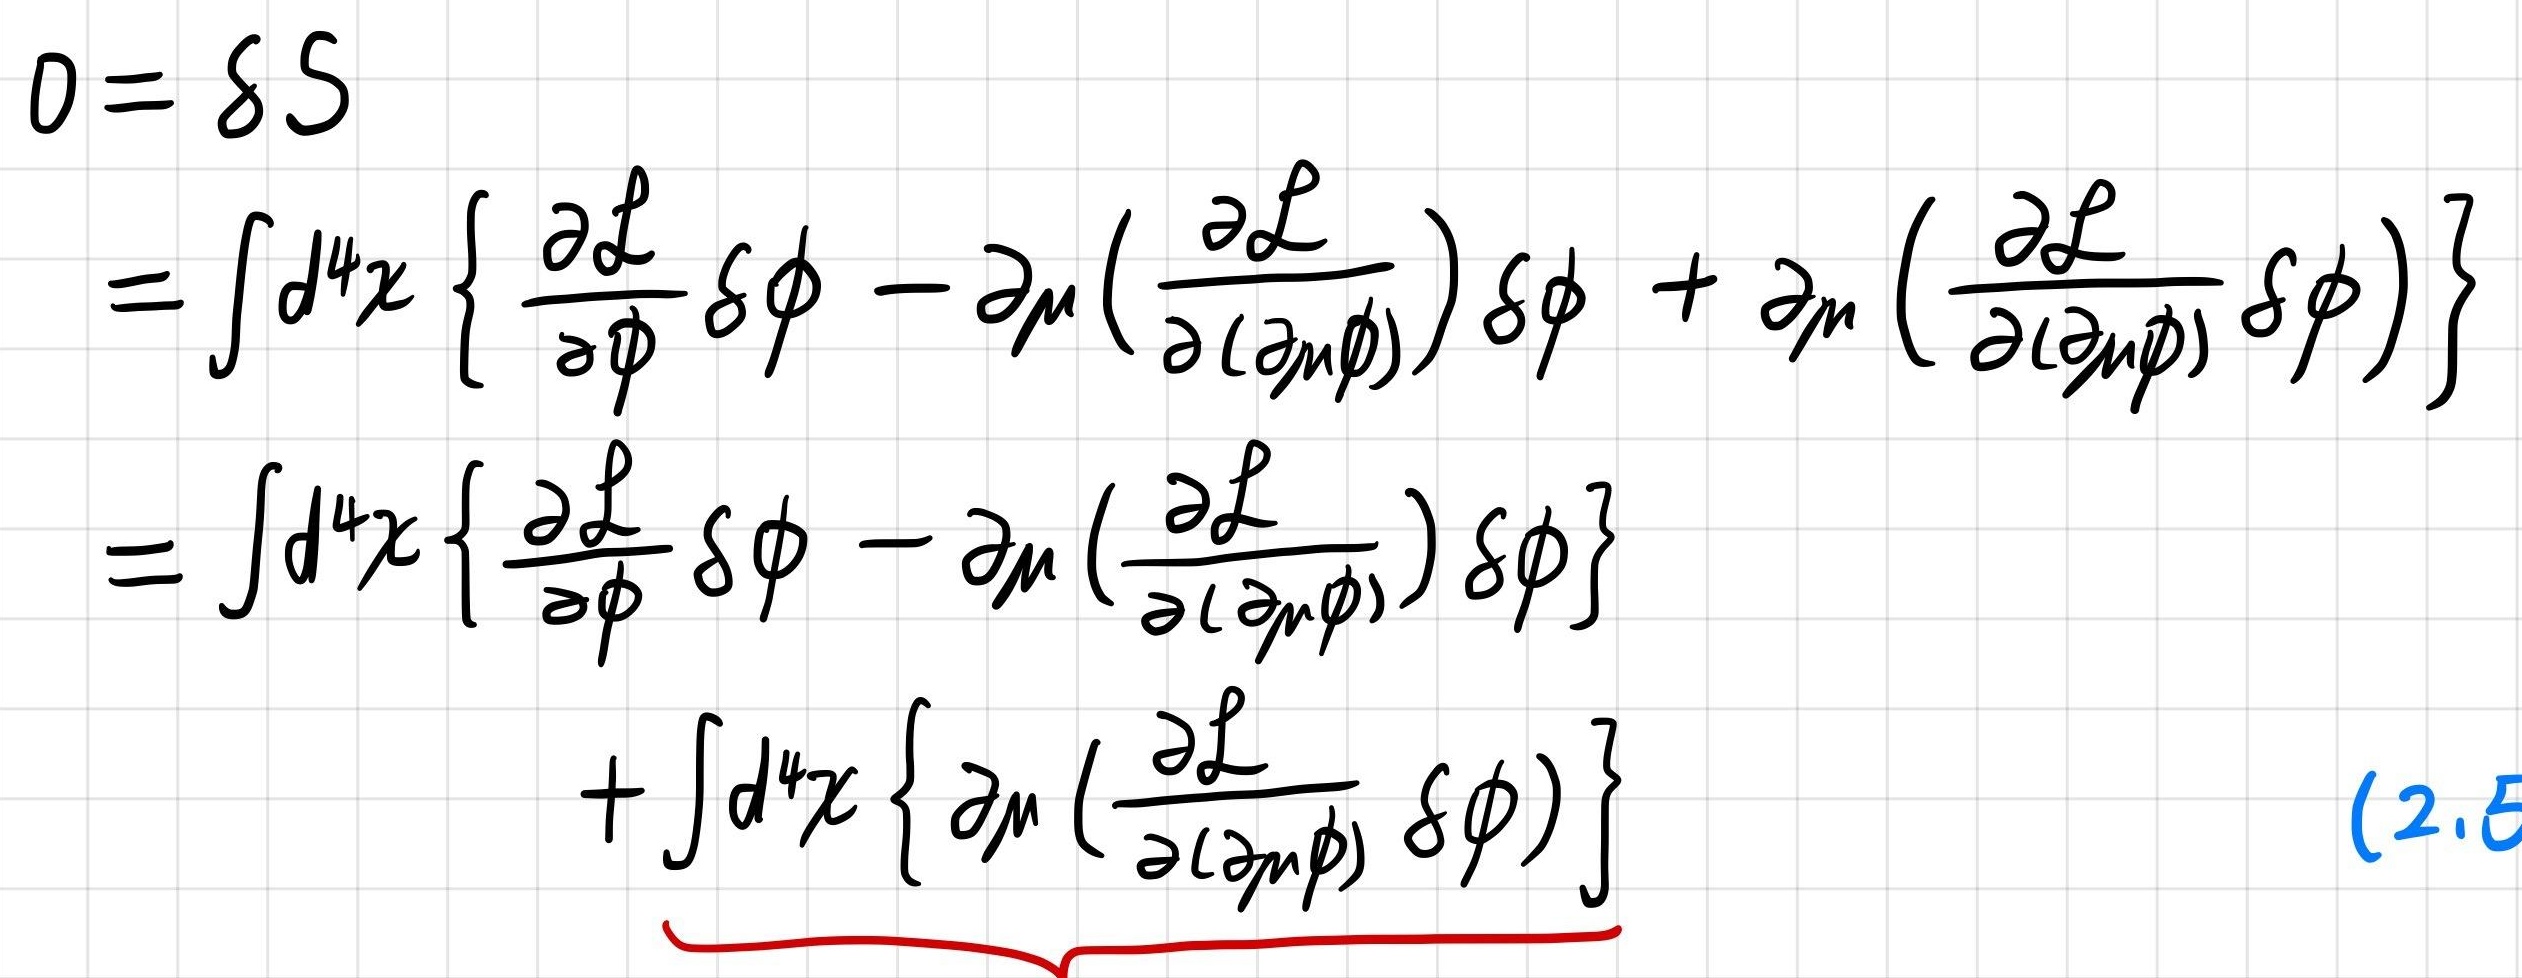
\[
\begin{align*}
0&=\delta S\\
&=\int d^{4}x \left\{ \frac{\partial \mathcal{L}}{\partial \phi} \delta \phi - \partial_{\mu} \left( \frac{\partial \mathcal{L}}{\partial (\partial_{\mu}\phi)} \right) \delta \phi + \partial_{\mu} \left( \frac{\partial \mathcal{L}}{\partial (\partial_{\mu}\phi)} \delta \phi \right) \right\}\\
&=\int d^{4}x \left\{ \frac{\partial \mathcal{L}}{\partial \phi} \delta \phi - \partial_{\mu} \left( \frac{\partial \mathcal{L}}{\partial (\partial_{\mu}\phi)} \right) \delta \phi \right\}\\
&+\int d^{4}x \left\{ \partial_{\mu} \left( \frac{\partial \mathcal{L}}{\partial (\partial_{\mu}\phi)} \delta \phi \right) \right\}
\end{align*}
\]